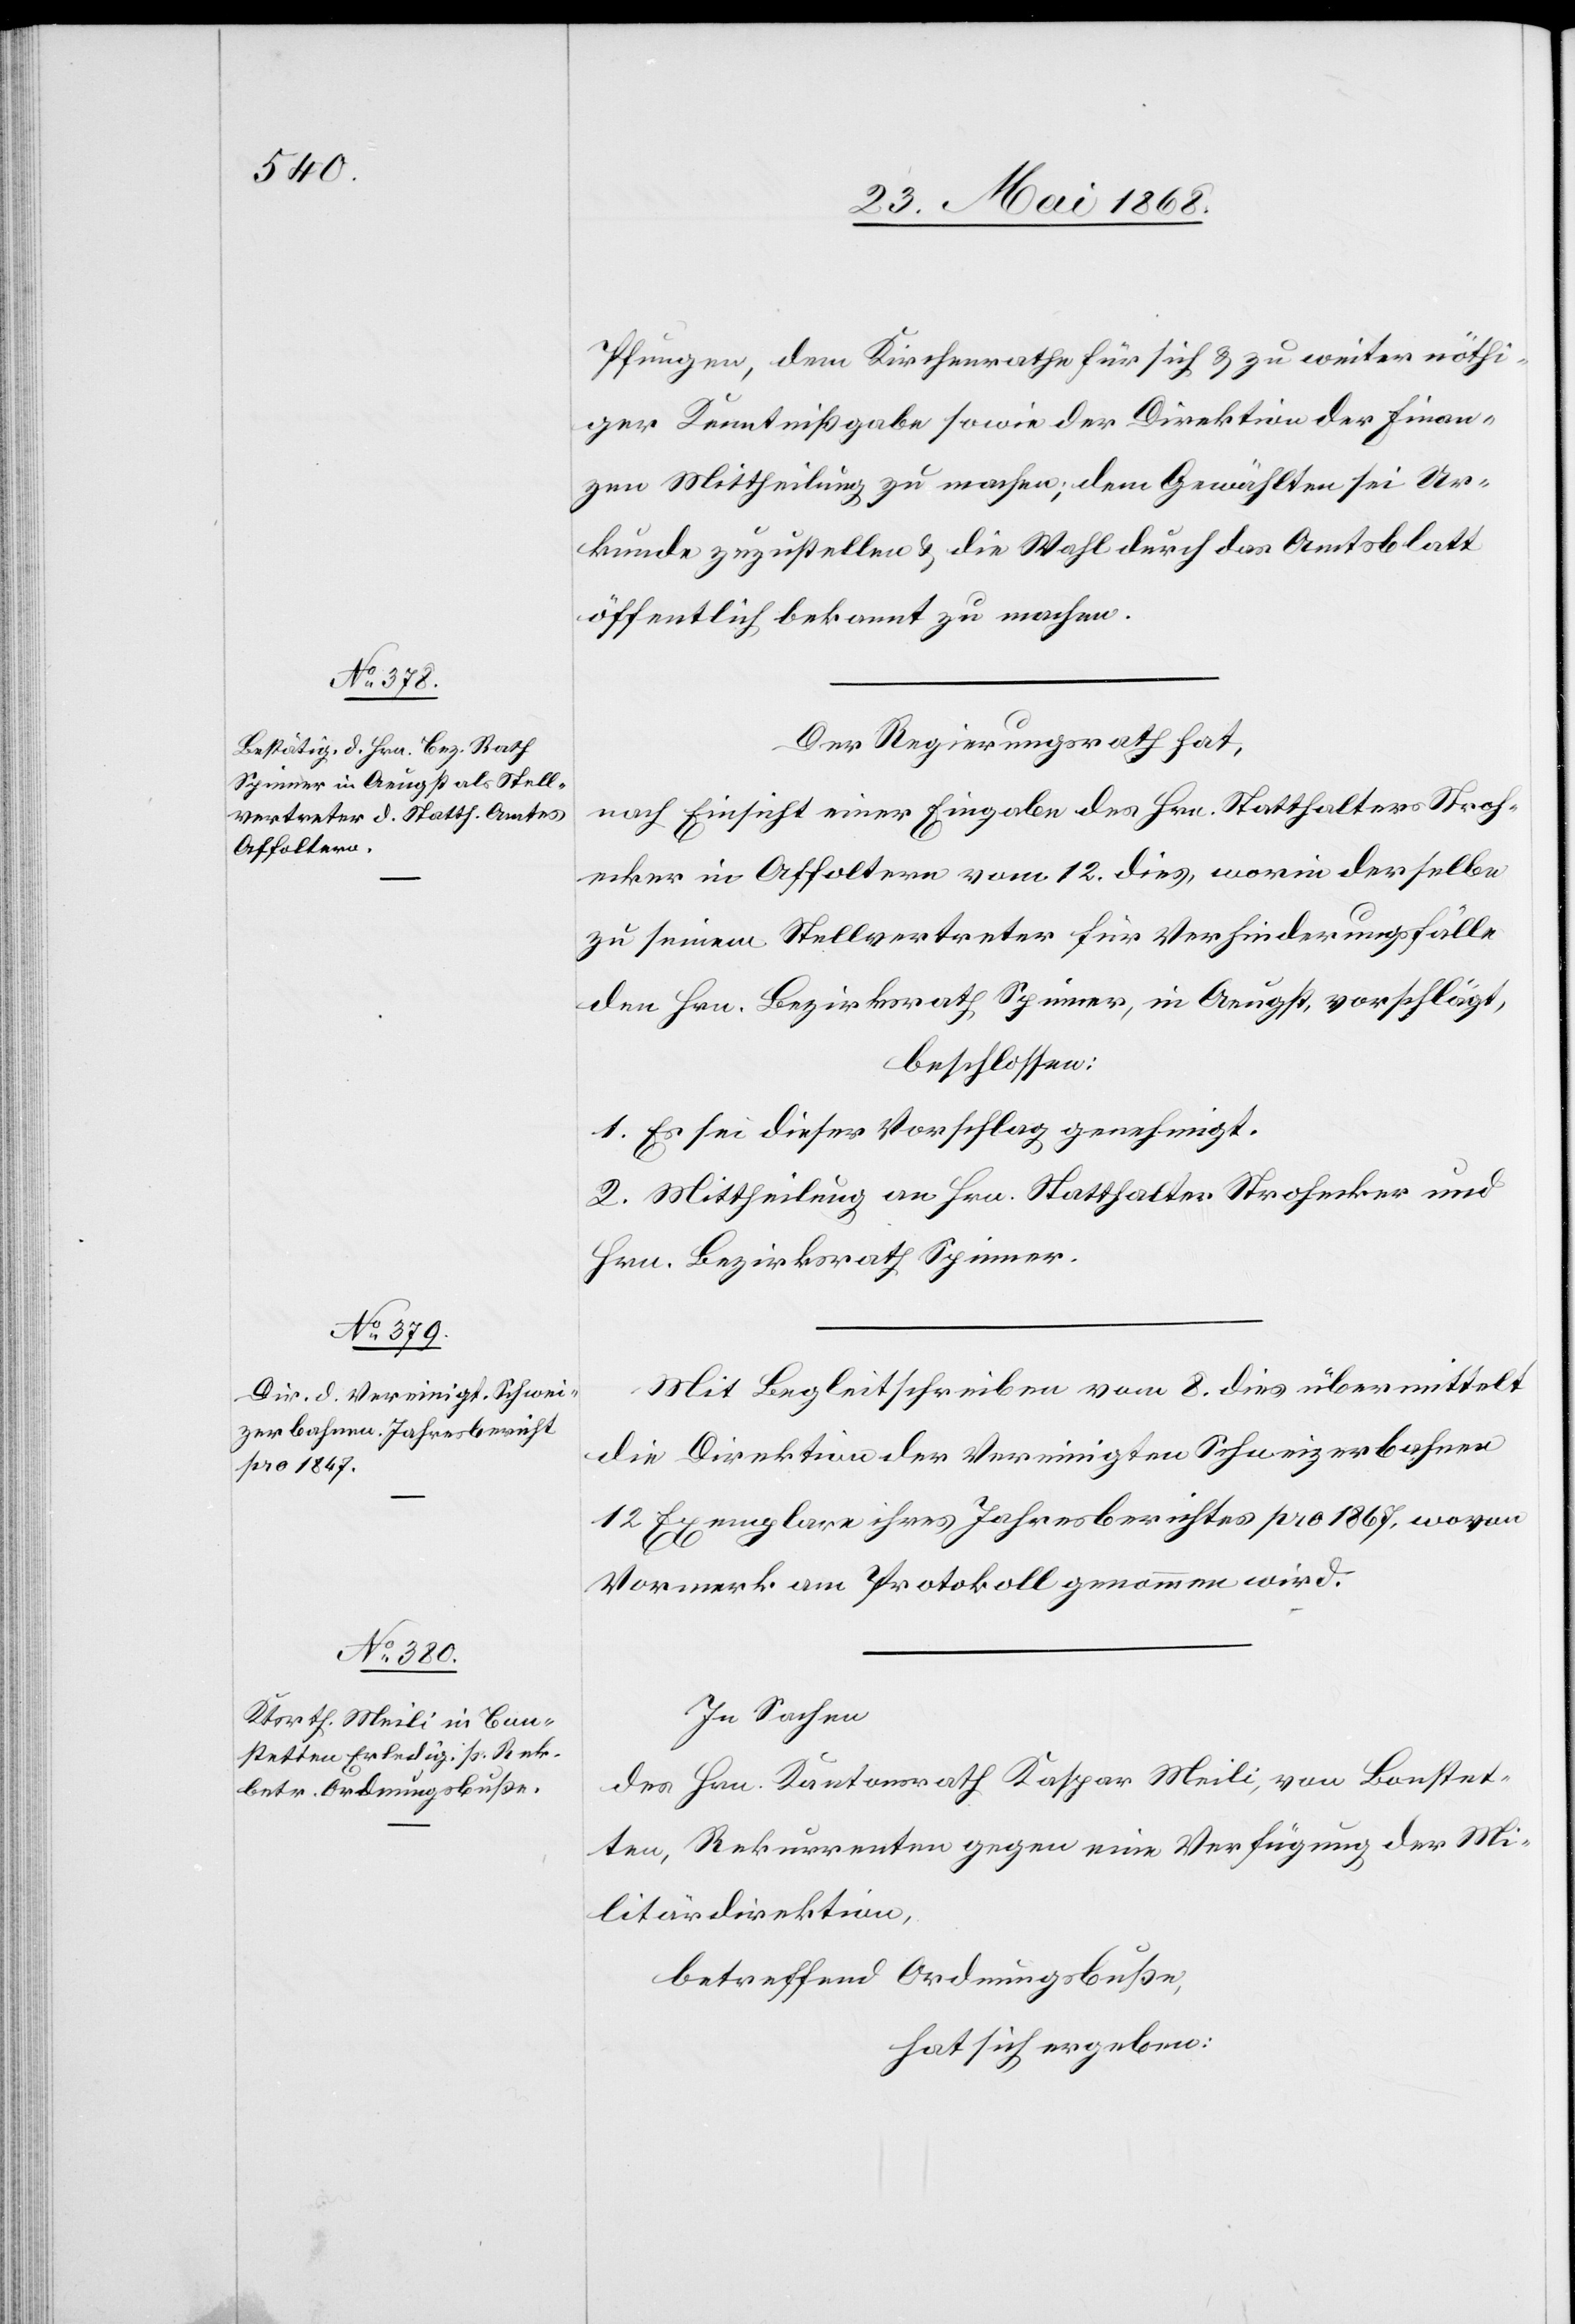
Pfungen, dem Kirchenrathe für sich & zu weiter nöthi¬
ger Kenntnißgabe sowie der Direktion der Finan¬
zen Mittheilung zu machen; dem Gewählten sei Ur¬
kunde zuzustellen & die Wahl durch das Amtsblatt
öffentlich bekannt zu machen.
Der Regierungsrath hat,
nach Einsicht einer Eingabe des Hrn. Statthalters Stroh¬
ecker in Affoltern vom 12. dies, worin derselbe
zu seinem Stellvertreter für Verhinderungsfälle
den Hrn. Bezirksrath Spinner, in Aeugst, vorschlägt,
beschlossen:
1. Es sei dieser Vorschlag genehmigt.
2. Mittheilung an Hrn. Statthalter Strohecker und
Hrn. Bezirksrath Spinner.
Mit Begleitschreiben vom 8. dies übermittelt
die Direktion der Vereinigten Schweizerbahnen
12 Exemplare ihres Jahresberichtes pro 1867, wovon
Vormerk am Protokoll genommen wird.
In Sachen
des Hrn. Kantonsrath Kaspar Meili, von Bonstet¬
ten, Rekurrenten gegen eine Verfügung der Mi¬
litärdirektion,
betreffend Ordnungsbuße,
hat sich ergeben: